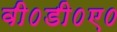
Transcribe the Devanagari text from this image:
वी०डी०ए०